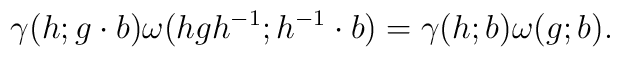
\gamma(h;g\cdot b) \omega(hgh^{-1}; h^{-1}\cdot b)=\gamma(h;b)\omega(g;b).